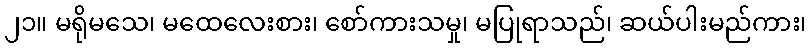
၂၁။ မရိုမသေ၊ မထေလေးစား၊ စော်ကားသမှု၊ မပြုရာသည်၊ ဆယ်ပါးမည်ကား၊